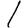
Digit: 1